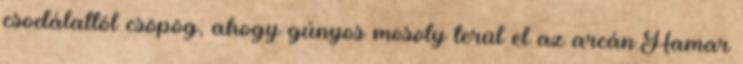
csodálattól csöpög, ahogy gúnyos mosoly terül el az arcán.Hamar